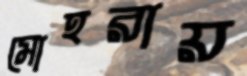
মোহরায়